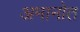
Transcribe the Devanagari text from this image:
अमानोत